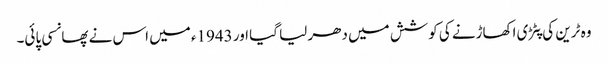
وہ ٹرین کی پٹڑی اکھاڑنے کی کوشش میں دھر لیا گیا اور 1943ء میں اس نے پھانسی پائی۔